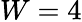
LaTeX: W=4